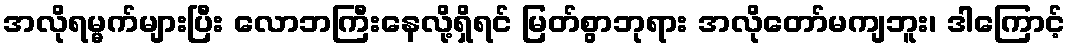
အလိုရမ္မက်များပြီး လောဘကြီးနေလို့ရှိရင် မြတ်စွာဘုရား အလိုတော်မကျဘူး၊ ဒါကြောင့်